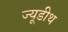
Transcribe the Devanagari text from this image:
ज्यूडीथ